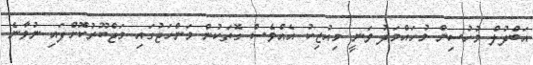
އަބްދުލް މުހުސިން މުހައްމަދު ވަނީ މިއުޒިކު އެއްވެސް ގޮތަކުން މަންހަޖުގައި މަޖްބޫރުކޮށްފައި ނުވާނެ